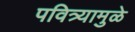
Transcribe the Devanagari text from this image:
पवित्र्यामुळे